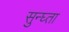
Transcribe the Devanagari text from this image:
सुन्घ्ता